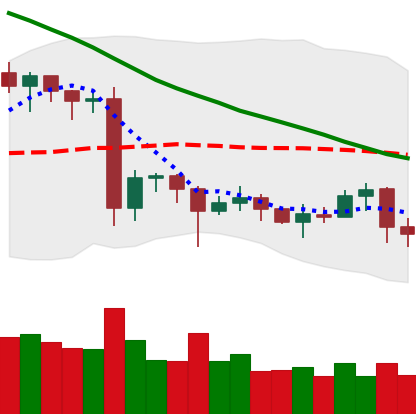
Ticker: EOS-USD
Chart end date: 2020-06-25
Forward return: -4.915%
Label: down_3_5